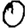
Digit: 0